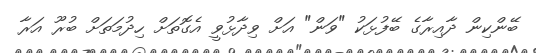
ބޭންކިން ދާއިރާގެ ބޭފުޅަކު "ވަން" އަށް ވިދާޅުވީ އެގޮތަށް ހިދުމަތަށް ބުރޫ އަރާ